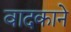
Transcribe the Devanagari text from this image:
वादकाने